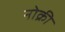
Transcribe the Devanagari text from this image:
नोक्री